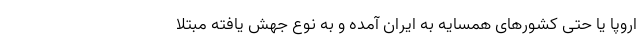
اروپا یا حتی کشورهای همسایه به ایران آمده و به نوع جهش یافته مبتلا